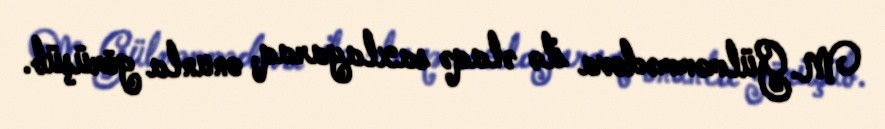
M.Gülməmmədova ilə əlaqə saxlayaraq, onunla görüşüb.